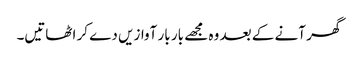
گھر آنے کے بعد وہ مجھے بار بار آوازیں دے کر اٹھاتیں۔